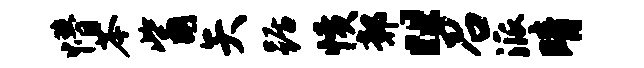
懵苓觜矢踞愤鄣“召派晴